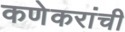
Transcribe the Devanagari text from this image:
कणेकरांची